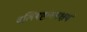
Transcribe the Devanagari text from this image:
बलिमष्टांगमक्षयं